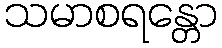
သမာစရန္တော